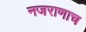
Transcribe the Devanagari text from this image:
नजराणाच